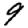
Digit: 9